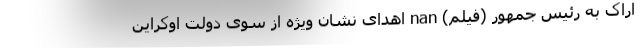
اراک به رئیس جمهور (فیلم) nan اهدای نشان ویژه از سوی دولت اوکراین